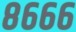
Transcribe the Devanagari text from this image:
८६६६